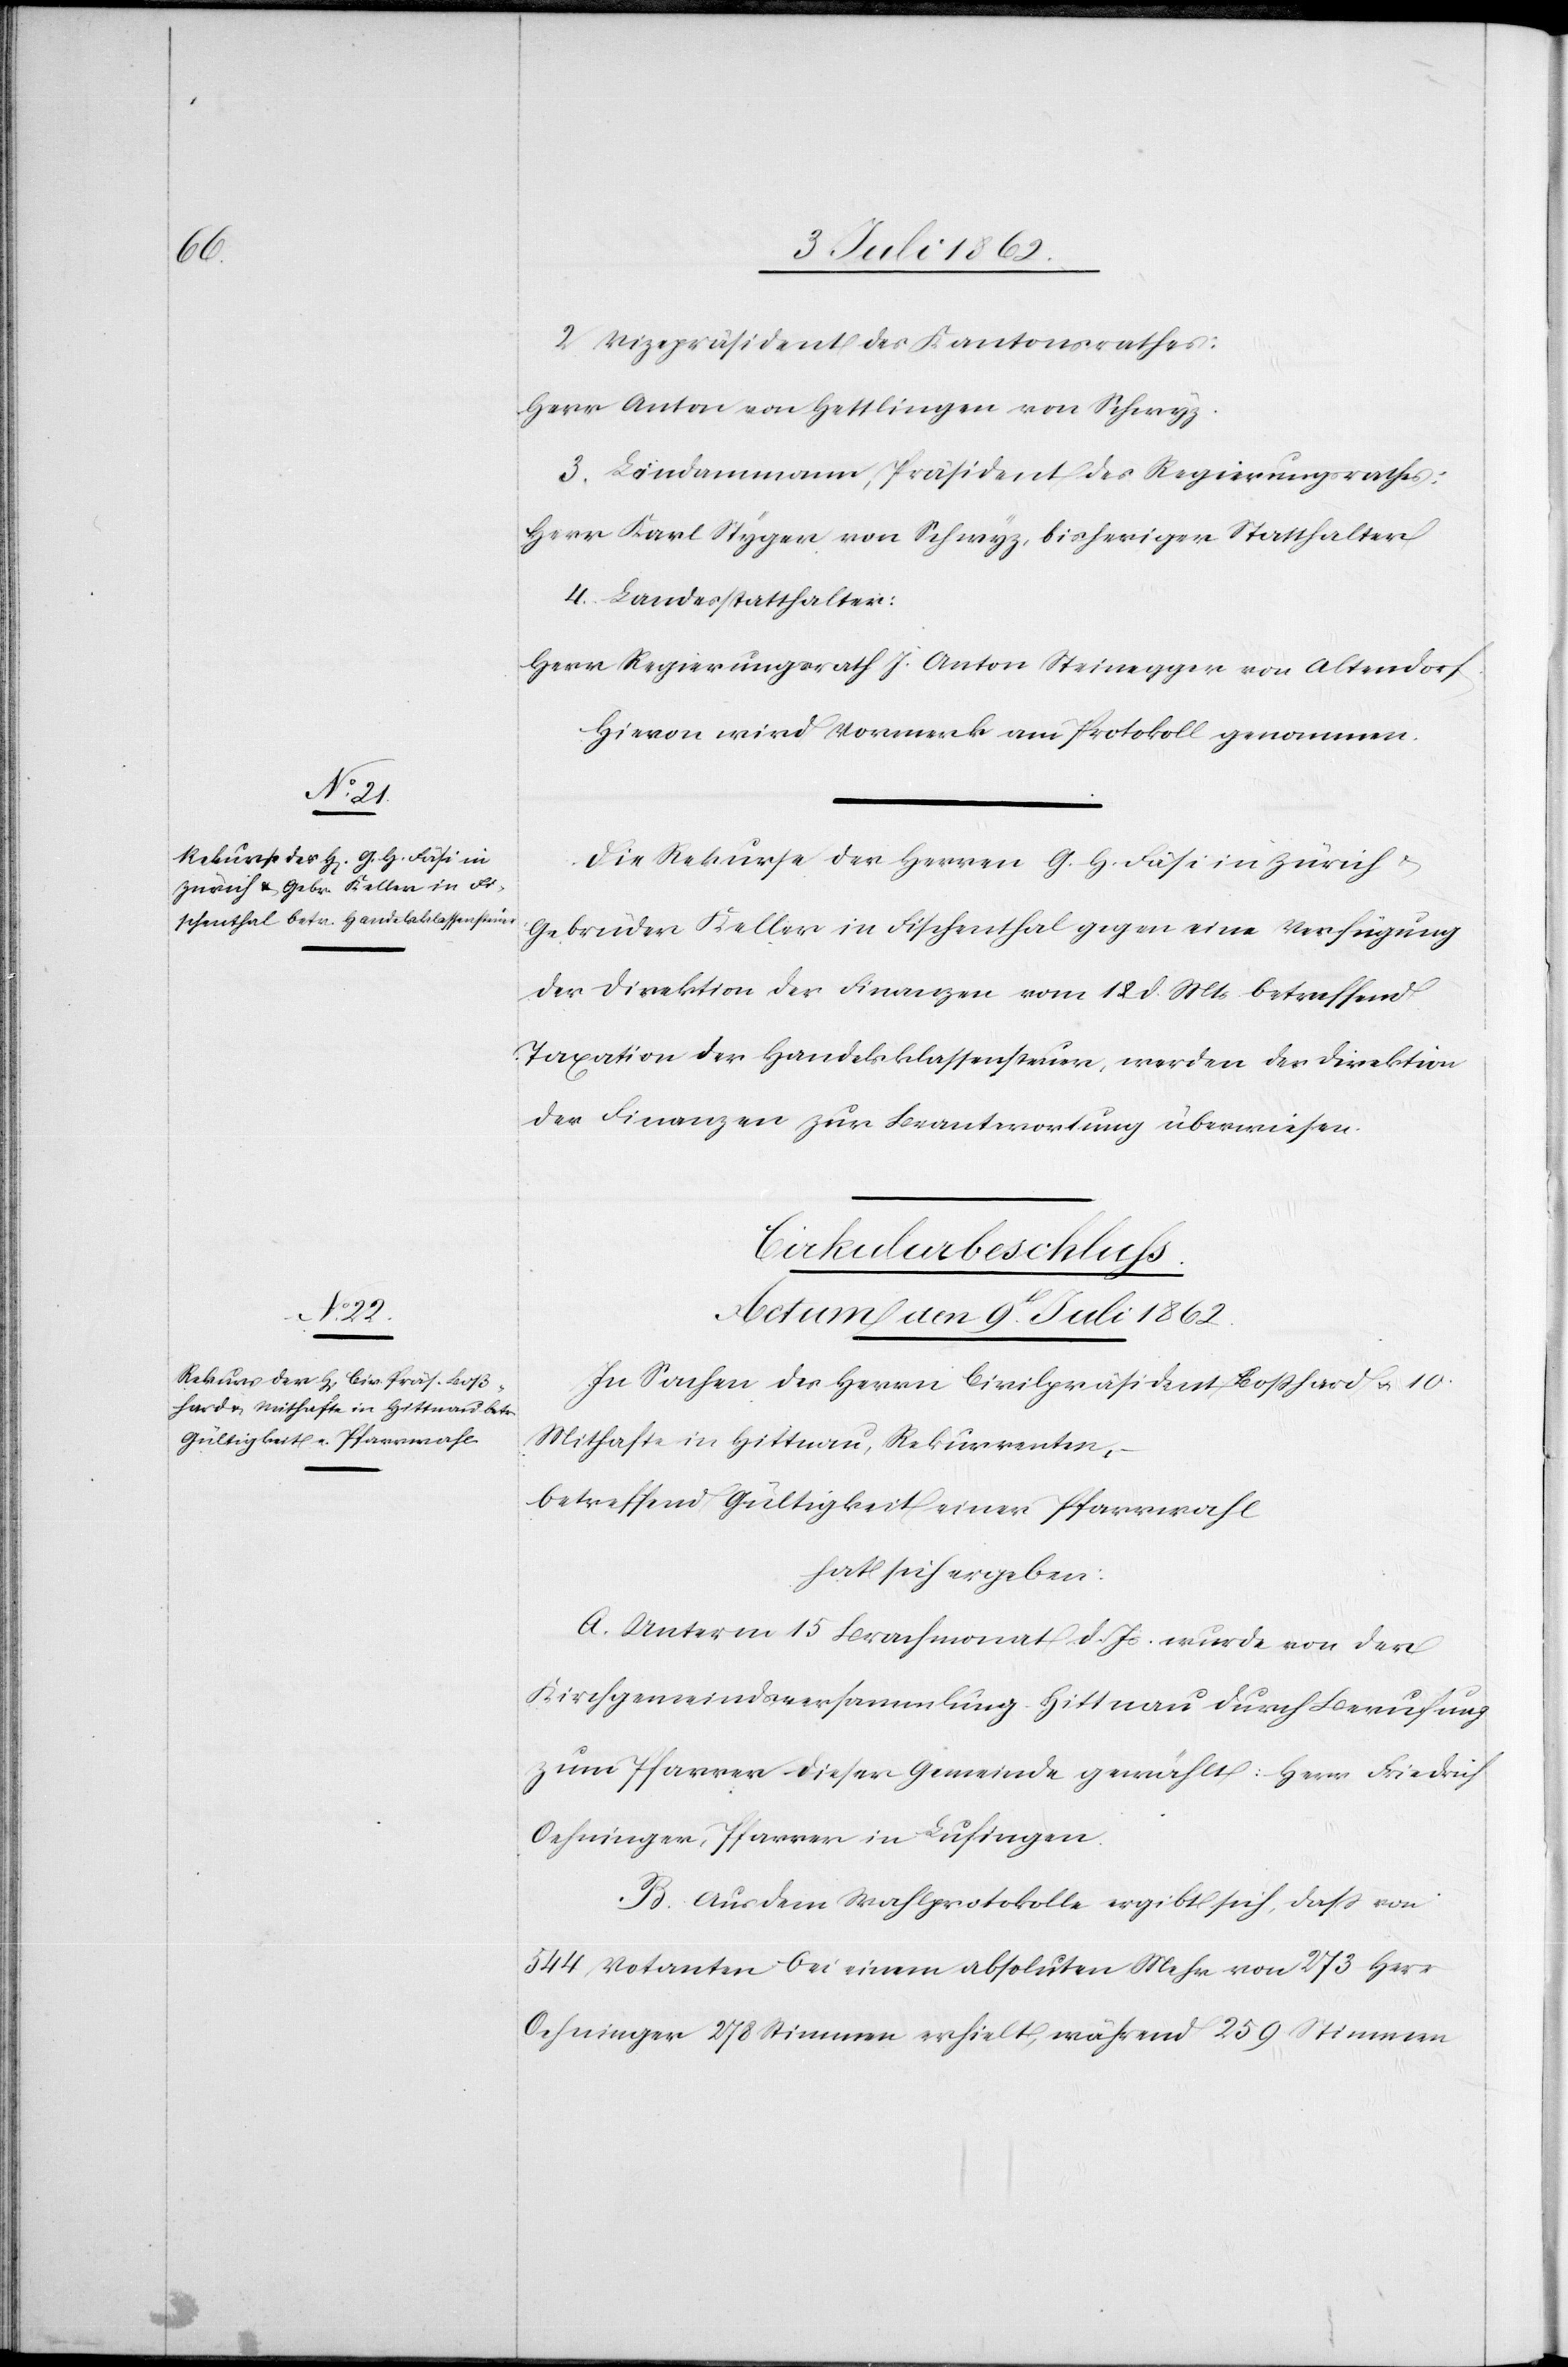
2. Vizepräsident des Kantonsrathes:
Herr Anton von Hettlingen von Schwyz.
3. Landammann, Präsident des Regierungsrathes:
Herr Karl Styger von Schwyz, bisheriger Statthalter
4. Landesstatthalter:
Herr Regierungsrath J. Anton Steinegger von Altendorf.
Hievon wird Vormerk am Protokoll genommen.
Die Rekurse der Herren G. H. Fäsi in Zürich u.
Gebrüder Keller in Fischenthal gegen eine Verfügung
der Direktion der Finanzen vom 1[?] d. Mts. betreffend
Taxation der Handelsklassensteuer, werden der Direktion
der Finanzen zur Beantwortung überwiesen.
Cirkularbeschluss.
Actum am 9t[en]. Juli 1862.
In Sachen des Herrn Civilpräsident Boßhard u. 10.
Mithafte in Hittnau, Rekurrenten,
betreffend Gültigkeit einer Pfarrwahl
hat sich ergeben:
A. Unterm 15 Brachmonat d. Js. wurde von der
Kirchgemeindsversammlung Hittnau durch Berufung
zum Pfarrer dieser Gemeinde gewählt: Herr Friedrich
Oehninger, Pfarrer in Lufingen.
B. Aus dem Wahlprotokolle ergibt sich, daß von
544 Votanten bei einem absoluten Mehr von 273 Herr
Oehninger 287 Stimmen erhielt, während 259 Stimmen